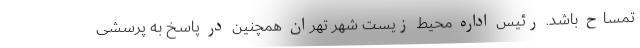
تمساح باشد. رئیس اداره محیط زیست شهر تهران همچنین در پاسخ به پرسشی